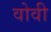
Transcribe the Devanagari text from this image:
वोवी